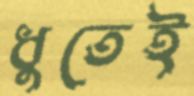
ধুতেই